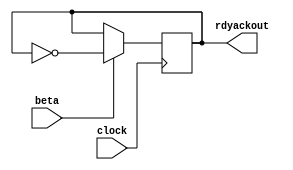
//Indicatore a transizione di livello in uscita

//Vale sia per RDYOUT (MMU -> MM) che per ACKOUT (MMU -> P)

//rdyout oppure ackout in uscita, registri d'interfaccia, con possibilita' di eseguire Set su di essi

module rdyack_out(output rdyackout, input beta, input clock);

	reg stato;

	initial
	begin
	   stato = 0;
	end

	always @(negedge clock) //NEGEDGE !!
	begin 
		if(beta == 1)
			stato = ~stato;
	end

	assign rdyackout = stato;

endmodule